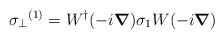
\begin{align*}{\sigma_{\perp}}^{(1)} = W^{\dag} (-i \mbox{\boldmath $\nabla$}) \sigma_{1} W (-i \mbox{\boldmath $\nabla$}) \end{align*}